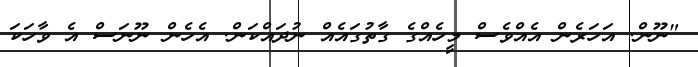
"ނޫން. އަހަރެން އެއްވެސް މީހެއްގެ ގާތުގައެއް ނުދައްކަން. އެހެން ނޫނަސް އެ ވާހަކަ